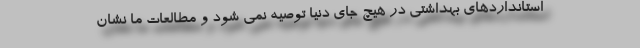
استانداردهای بهداشتی در هیچ جای دنیا توصیه نمی شود و مطالعات ما نشان